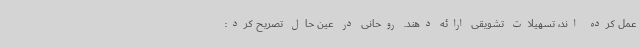
عمل کرده اند، تسهیلات تشویقی ارائه دهند. روحانی در عین حال تصریح کرد: